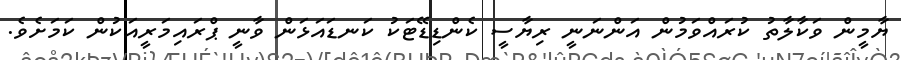
ޔާމީން ވަކާލާތު ކުރައްވަމުން އަންނަނީ ރިޔާސީ ކެންޑިޑޭޓަކު ކަނޑައަޅަން ވާނީ ޕްރައިމަރީއަކުން ކަމަށެވެ.